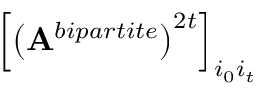
\left[ \left( \mathbf { A } ^ { b i p a r t i t e } \right) ^ { 2 t } \right] _ { i _ { 0 } i _ { t } }